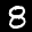
Label: 8